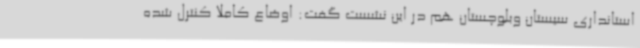
استانداری سیستان وبلوچستان هم در این نشست گفت: اوضاع کاملا کنترل شده